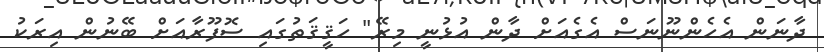
ދާނަން އެހެންނޫނަސް އެގެއަށް ދާން އުޅުނީ މިރޭ" ހަޤީޤަތުގައި ސޮފޫރާއަށް ބޭނުން އިރަކު